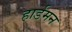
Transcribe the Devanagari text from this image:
हार्डमन